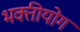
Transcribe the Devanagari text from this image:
भक्तीयोग